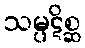
သမ္ပဋိစ္ဆ